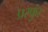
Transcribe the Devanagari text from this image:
प्रस्फुर